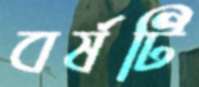
বর্ষটি